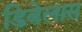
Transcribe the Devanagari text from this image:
डिबेलास